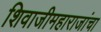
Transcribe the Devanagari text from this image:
शिवाजीमहाराजांचा